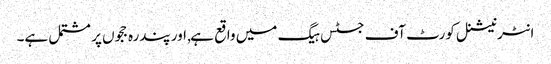
انٹرنیشنل کورٹ آف جسٹس ہیگ میں واقع ہے, اور پندرہ ججوں پر مشتمل ہے۔